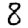
Digit: 8